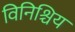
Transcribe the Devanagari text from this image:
विनिश्चिय